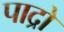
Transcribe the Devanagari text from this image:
पाद्रो